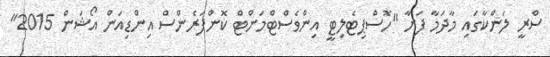
ސްރީ ލަންކާގައި މާދަމާ ފަށާ "ހޮސްޕިޓެލިޓީ އިންވެސްޓްމަންޓް ކޮންފަރެންސް އިންޑިއަން އޯޝަން 2015"